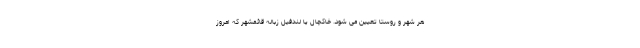
هر شهر و روستا تعیین می شود. خاکچال یا لندفیل زباله قائمشهر که امروز